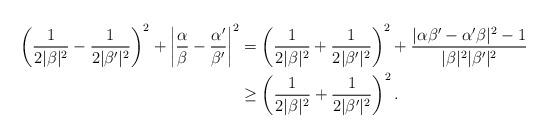
LaTeX: \begin{align*}\left( \frac{1}{2|\beta|^2} - \frac{1}{2|\beta'|^2} \right)^2 + \left| \frac{\alpha}{\beta} - \frac{\alpha'}{\beta'} \right|^2 &= \left( \frac{1}{2|\beta|^2} + \frac{1}{2|\beta'|^2} \right)^2 + \frac{| \alpha \beta' - \alpha' \beta |^2 -1}{|\beta|^2 |\beta'|^2} \\&\ge \left( \frac{1}{2|\beta|^2} + \frac{1}{2|\beta'|^2} \right)^2.\end{align*}